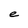
Character: e